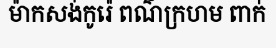
ម៉ាកសង់កូរ៉េ ពណ៌ក្រហម ពាក់